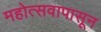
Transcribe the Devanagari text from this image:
महोत्सवापासून